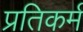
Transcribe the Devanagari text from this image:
प्रतिकर्म